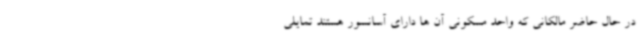
در حال حاضر مالکانی که واحد مسکونی آن ها دارای آسانسور هستند تمایلی